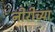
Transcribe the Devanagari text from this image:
नीरीच्या